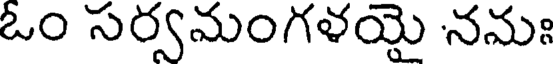
ఓం సర్వమంగళయై నమః